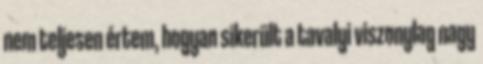
nem teljesen értem, hogyan sikerült a tavalyi viszonylag nagy